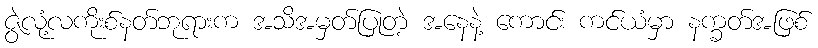
ဇွဲလုံ့လကိုးစ်နတ်ဘုရားက အသိအမှတ်ပြုတဲ့ အနေနဲ့ ကောင်း ကင်ယံမှာ နက္ခတ်အဖြစ်